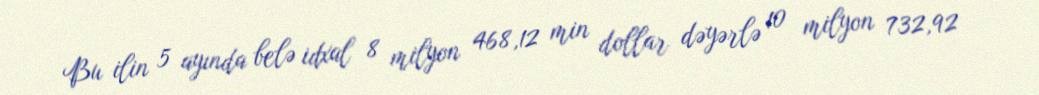
Bu ilin 5 ayında belə idxal 8 milyon 468,12 min dollar dəyərlə 10 milyon 732,92